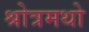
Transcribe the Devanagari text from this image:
श्रोत्रमथो